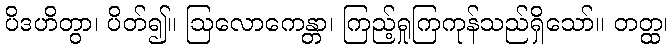
ပိဒဟိတွာ၊ ပိတ်၍။ ဩလောကေန္တာ၊ ကြည့်ရှုကြကုန်သည်ရှိသော်။ တတ္ထ၊